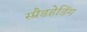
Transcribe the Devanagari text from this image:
स्प्रैडहेडिंग